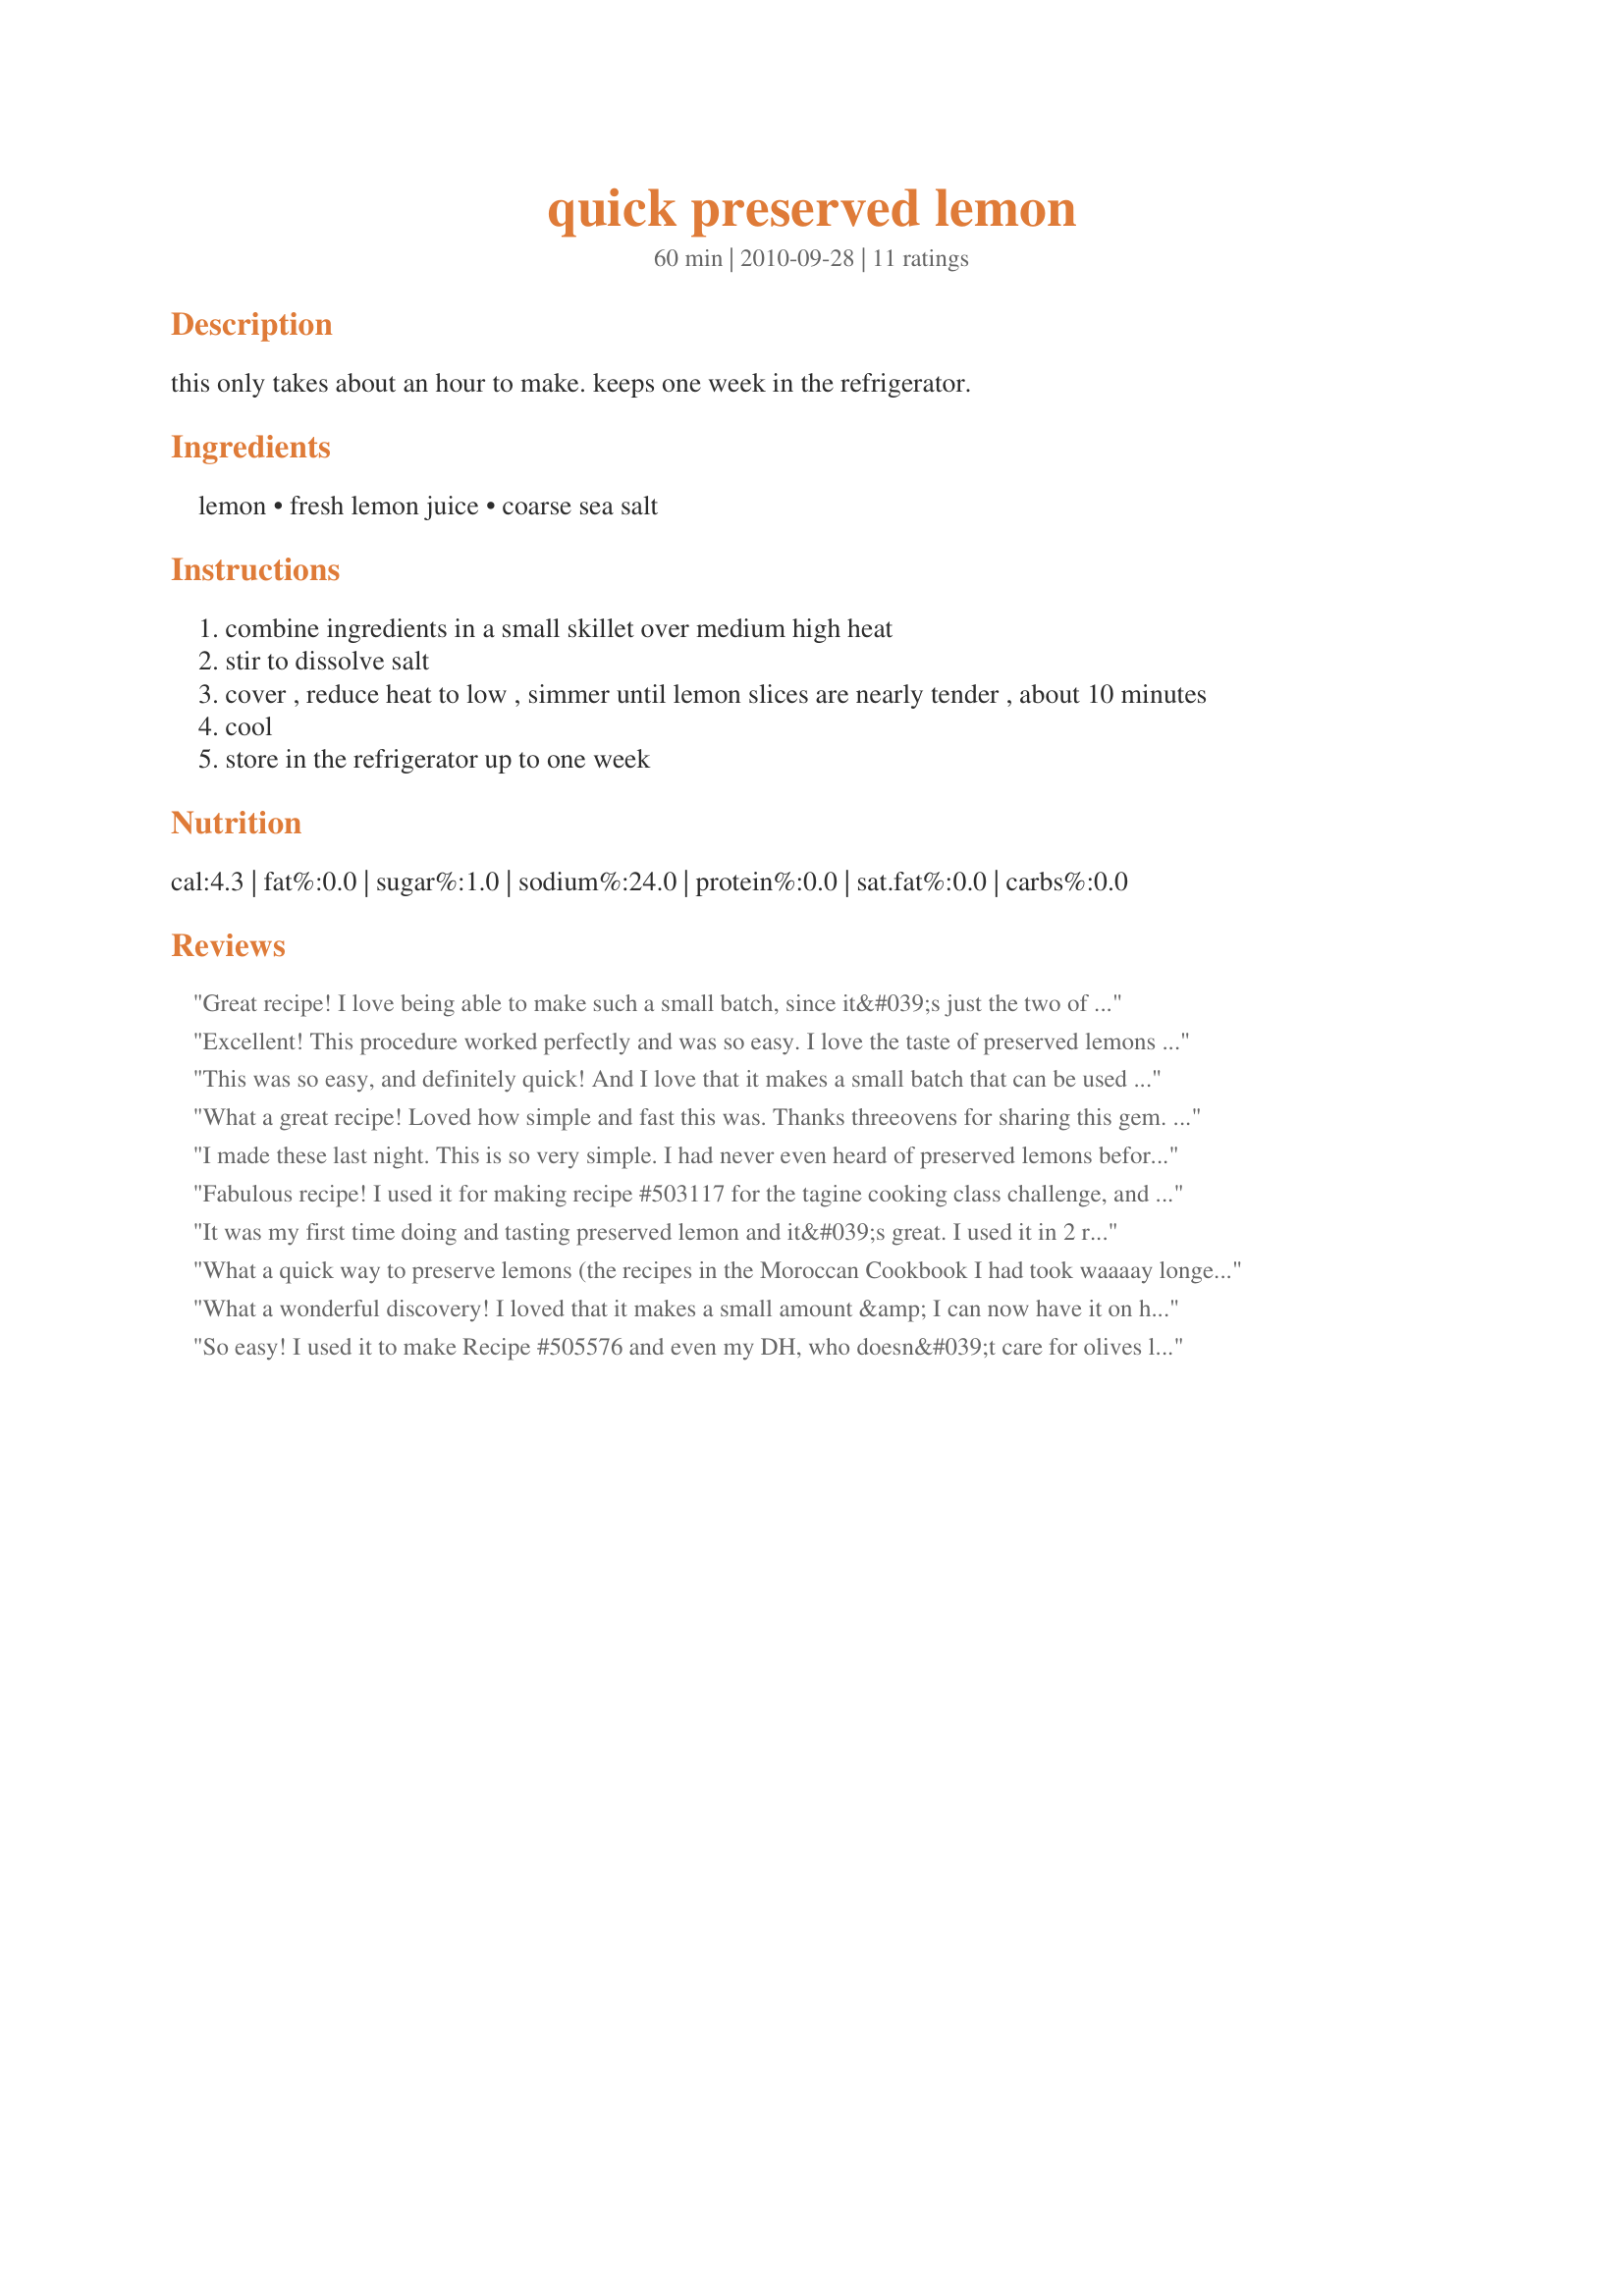
quick preserved lemon
Preparation time: 60 minutes

this only takes about an hour to make. keeps one week in the refrigerator.

Ingredients:
lemon, fresh lemon juice, coarse sea salt

Steps:
combine ingredients in a small skillet over medium high heat
stir to dissolve salt
cover , reduce heat to low , simmer until lemon slices are nearly tender , about 10 minutes
cool
store in the refrigerator up to one week

Reviews:
Great recipe! I love being able to make such a small batch, since it&#039;s just the two of us! Made for ZWT9, for use in Recipe#505576. Thanks for posting!
Excellent! This procedure worked perfectly and was so easy. I love the taste of preserved lemons in recipes and now I have a great way to make a batch quickly. Thank you so much! Made for the Soup-A-Stars during ZWT9
This was so easy, and definitely quick! And I love that it makes a small batch that can be used over the course of a few days for different dishes. Thanks for sharing! ZWT9
What a great recipe! Loved how simple and fast this was. Thanks threeovens for sharing this gem. Made for ZWT9.
I made these last night. This is so very simple. I had never even heard of preserved lemons before, and since I&#039;ve found several recipes that call for them. I&#039;m so glad you posted this recipe. I plan to use them this weekend in a couple of dishes. What a great way to keep lemons so handy. (Made for ZWT9)
Fabulous recipe! I used it for making recipe #503117 for the tagine cooking class challenge, and it turned out wonderful. Thanks for sharing!&lt;br/&gt;Made for ZWT 9 / Morocco / Tunisia for The Apron String Travelers
It was my first time doing and tasting preserved lemon and it&#039;s great. I used it in 2 recipes and it adds so much flavor. I will be doing it often :) Thanks threeovens :) Made for ZWT9
What a quick way to preserve lemons (the recipes in the Moroccan Cookbook I had took waaaay longer!) Made for ZWT9 Soup-a-Stars
What a wonderful discovery! I loved that it makes a small amount &amp; I can now have it on hand to sample other recipes. Thank you for sharing the recipe!
So easy! I used it to make Recipe #505576 and even my DH, who doesn&#039;t care for olives loved the lemony flavor.. Thanks for sharing, made for ZWT9
I love this recipe! It allows me to make small amounts of the lemon in a short time, excellent. I&#039;ll be using this batch up for this round of ZWT 9. Thanks so much for sharing this wee wonder. :D
